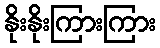
နိုးနိုးကြားကြား